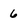
Character: 6